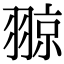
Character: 翞